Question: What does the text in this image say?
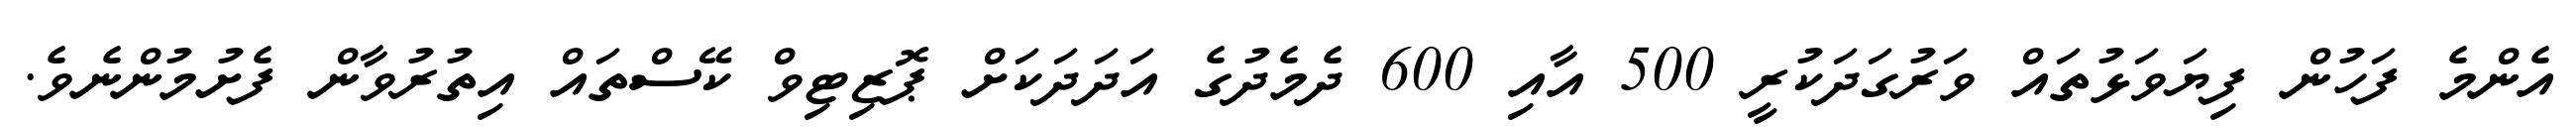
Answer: އެންމެ ފަހުން ފިޔަވަޅުތައް ވަރުގަދަކުރީ 500 އާއި 600 ދެމެދުގެ އަދަދަކަށް ޕޮޒިޓިވް ކޭސްތައް އިތުރުވާން ފެށުމުންނެވެ.